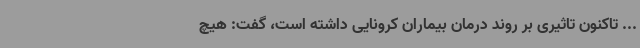
... تاکنون تاثیری بر روند درمان بیماران کرونایی داشته‌ است، گفت: هیچ